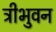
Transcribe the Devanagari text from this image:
त्रीभुवन